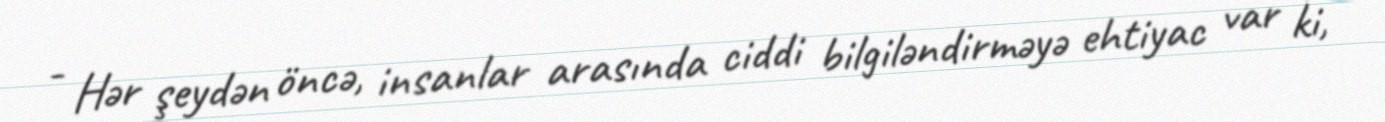
- Hər şeydən öncə, insanlar arasında ciddi bilgiləndirməyə ehtiyac var ki,